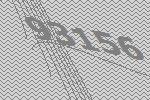
93156